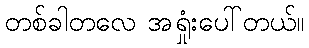
တစ်ခါတလေ အရှုံးပေါ်တယ်။